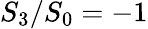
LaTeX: S_{3}/S_{0}=-1